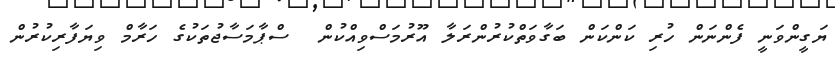
ޔަގީންވަނީ ފެންނަން ހުރި ކަންކަން ބަގާވަތްކުރުންރަލާ އޫރުމަސްވިއްކުން  ސްޕާމަސާޖުތަކުގެ ހަރާމް ވިޔަފާރިކުރުން